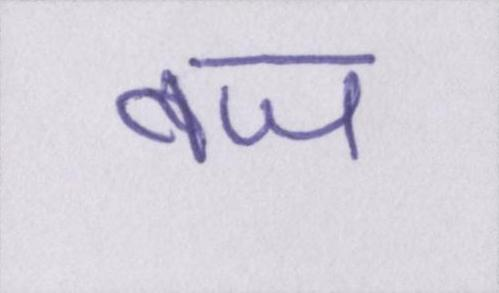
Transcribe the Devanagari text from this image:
बज